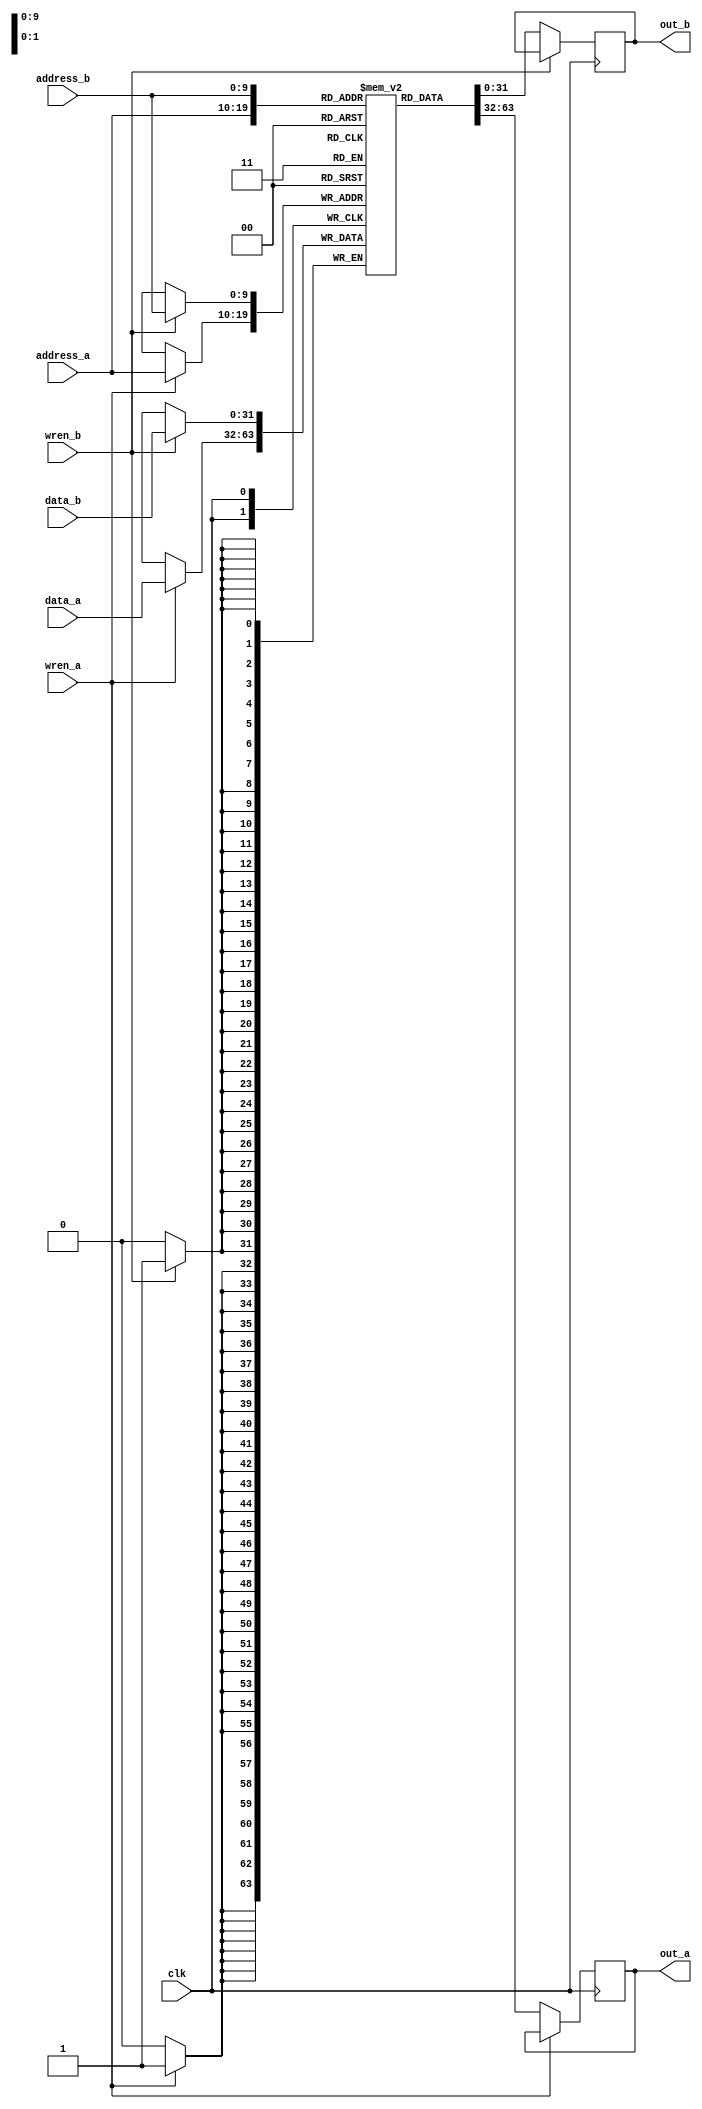
`define SIMULATION_MEMORY
`define EXPONENT 5
`define MANTISSA 10
`define ACTUAL_MANTISSA 11
`define EXPONENT_LSB 10
`define EXPONENT_MSB 14
`define MANTISSA_LSB 0
`define MANTISSA_MSB 9
`define MANTISSA_MUL_SPLIT_LSB 3
`define MANTISSA_MUL_SPLIT_MSB 9
`define SIGN 1
`define SIGN_LOC 15
`define DWIDTH (`SIGN+`EXPONENT+`MANTISSA)
`define IEEE_COMPLIANCE 1

module dpram (

    clk,

    address_a,

    address_b,

    wren_a,

    wren_b,

    data_a,

    data_b,

    out_a,

    out_b

);

parameter AWIDTH=10;

parameter NUM_WORDS=1024;

parameter DWIDTH=32;

input clk;

input [(AWIDTH-1):0] address_a;

input [(AWIDTH-1):0] address_b;

input  wren_a;

input  wren_b;

input [(DWIDTH-1):0] data_a;

input [(DWIDTH-1):0] data_b;

output reg [(DWIDTH-1):0] out_a;

output reg [(DWIDTH-1):0] out_b;



`ifdef SIMULATION_MEMORY



reg [DWIDTH-1:0] ram[NUM_WORDS-1:0];

always @ (posedge clk) begin 

  if (wren_a) begin

      ram[address_a] <= data_a;

  end

  else begin

      out_a <= ram[address_a];

  end

end

  

always @ (posedge clk) begin 

  if (wren_b) begin

      ram[address_b] <= data_b;

  end 

  else begin

      out_b <= ram[address_b];

  end

end



`else



dual_port_ram u_dual_port_ram(

.addr1(address_a),

.we1(wren_a),

.data1(data_a),

.out1(out_a),

.addr2(address_b),

.we2(wren_b),

.data2(data_b),

.out2(out_b),

.clk(clk)

);

`endif

endmodule